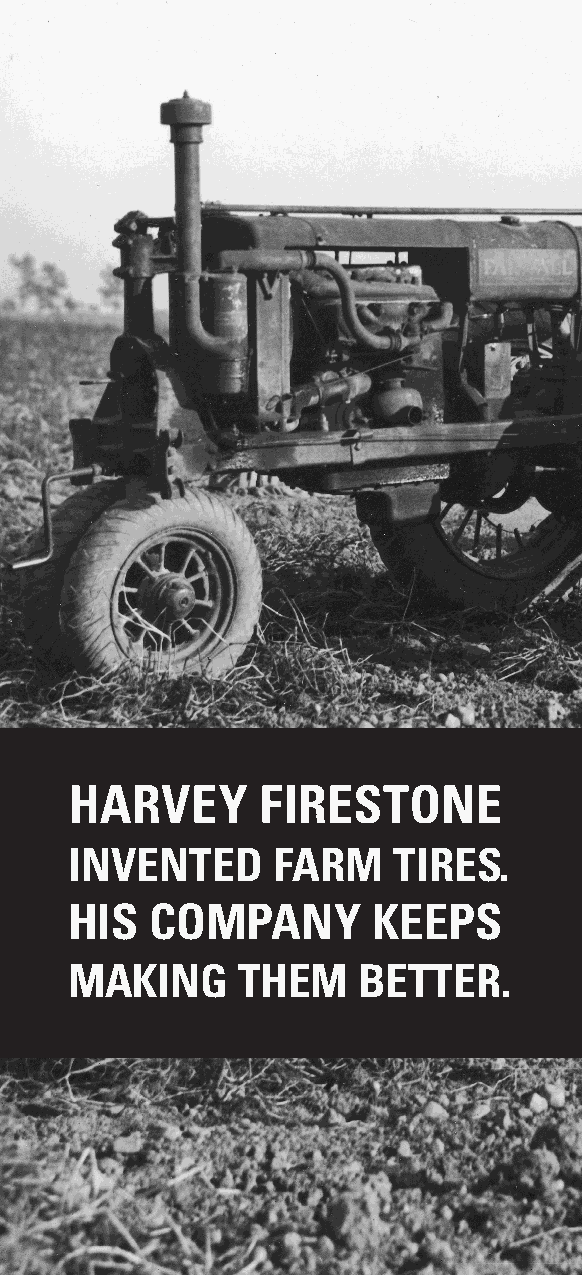
HARVEY      FIRESTONE
 INVENTED     FARM    TIRES.
 HIS  COMPANY        KEEPS
 MAKING     THEM    BETTER.